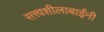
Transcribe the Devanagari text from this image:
सत्त्वशीलाबाईंनी